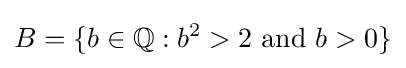
B=\{b\in \mathbb {Q} :b^{2}>2{\text{ and }}b>0\}